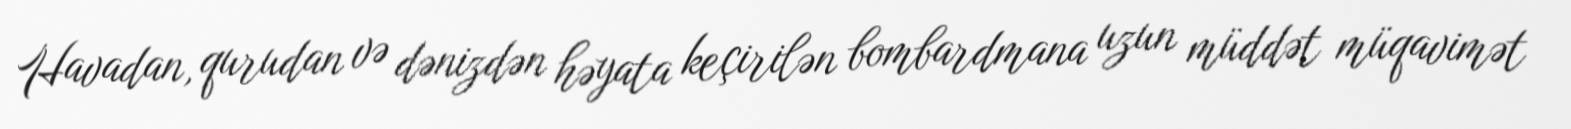
Havadan, qurudan və dənizdən həyata keçirilən bombardmana uzun müddət müqavimət